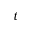
t